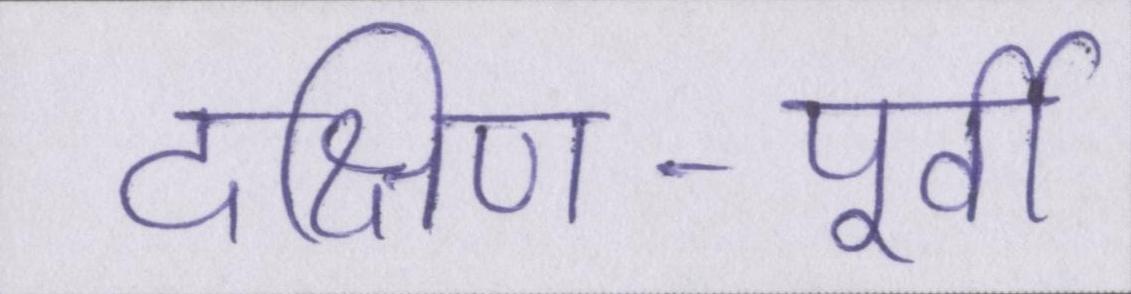
दक्षिण-पूर्वी